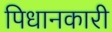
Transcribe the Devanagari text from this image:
पिधानकारी